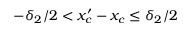
- \delta _ { 2 } / 2 < x _ { c } ^ { \prime } - x _ { c } \leq \delta _ { 2 } / 2